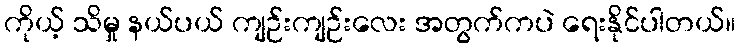
ကိုယ့် သိမှု နယ်ပယ် ကျဉ်းကျဉ်းလေး အတွက်ကပဲ ရေးနိုင်ပါတယ်။